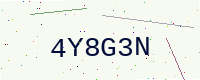
Text: 4Y8G3N